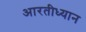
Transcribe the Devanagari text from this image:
आरतीध्यान